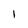
Character: 1